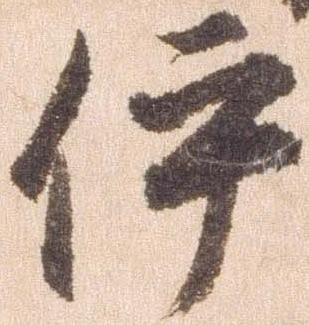
伊